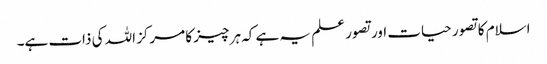
اسلام کا تصور حیات اور تصور علم یہ ہے کہ ہر چیز کا مرکز اللہ کی ذات ہے۔